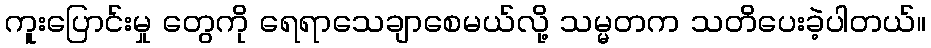
ကူးပြောင်းမှု တွေကို ရေရာသေချာစေမယ်လို့ သမ္မတက သတိပေးခဲ့ပါတယ်။